Civil Veterinary Department. United Provinces 1912-22 - 1912-1922
Year: 1912
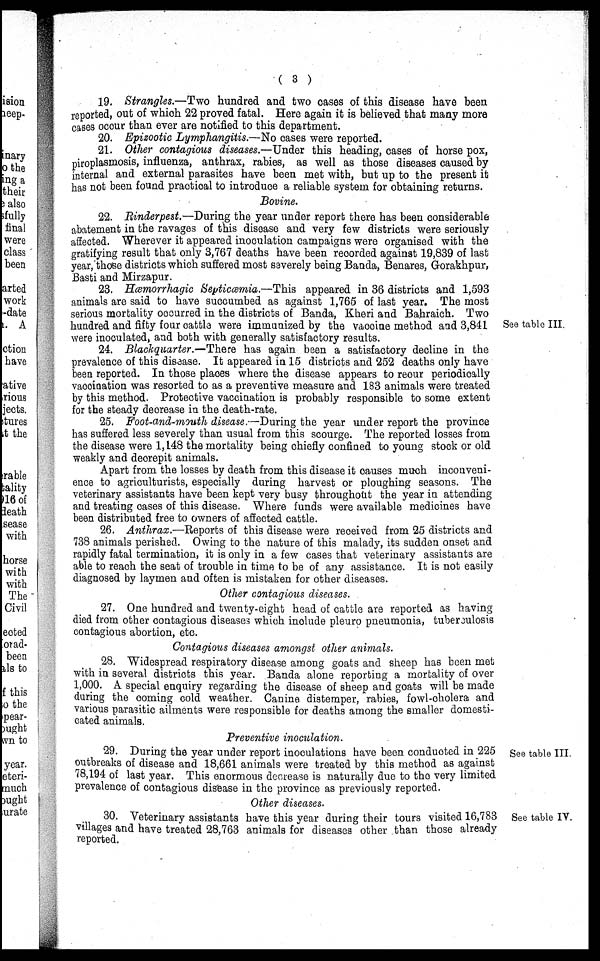
( 3 )
19. Strangles.—Two hundred and two cases of this disease have been
reported, out of which 22 proved fatal. Here again it is believed that many more
cases occur than ever are notified to this department.
20. Epizootic Lymphangitis.—No eases were reported.
21. Other contagious diseases.—Under this heading, cases of horse pox,
piroplasmosis, influenza, anthrax, rabies, as well as those diseases caused by
internal and external parasites have been met with, but up to the present it
has not been found practical to introduce a reliable system for obtaining returns.
Bovine.
22. Rinderpest.—During the year under report there has been considerable
abatement in the ravages of this disease and very few districts were seriously
affected. Wherever it appeared inoculation campaigns were organised with the
gratifying result that only 3,767 deaths have been recorded against 19,839 of last
year, those districts which suffered most severely being Banda, Benares, Gorakhpur,
Basti and Mirzapur.
See table III.
23. Hæmorrhagic Septicæmia.—This appeared in 36 districts and 1,593
animals are said to have succumbed as against 1,765 of last year. The most
serious mortality occurred in the districts of Banda, Kheri and Bahraich. Two
hundred and fifty four cattle were immunized by the vaccine method and 3,841
were inoculated, and both with generally satisfactory results.
24. Blackquarter.—There has again been a satisfactory decline in the
prevalence of this disease. It appeared in 15 districts and 252 deaths only have
been reported. In those places where the disease appears to reour periodically
vaccination was resorted to as a preventive measure and 183 animals were treated
by this method. Protective vaccination is probably responsible to some extent
for the steady decrease in the death-rate.
25. Foot-and-mouth disease.—During the year under report the province
has suffered less severely than usual from this scourge. The reported losses from
the disease were 1,148 the mortality being chiefly confined to young stock or old
weakly and decrepit animals.
Apart from the losses by death from this disease it causes much inconveni-
ence to agriculturists, especially during harvest or ploughing seasons. The
veterinary assistants have been kept very busy throughout the year in attending
and treating cases of this disease. Where funds were available medicines have
been distributed free to owners of affected cattle.
26. Anthrax.—Reports of this disease were received from 25 districts and
738 animals perished. Owing to the nature of this malady, its sudden onset and
rapidly fatal termination, it is only in a few cases that veterinary assistants are
able to reach the seat of trouble in time to be of any assistance. It is not easily
diagnosed by laymen and often is mistaken for other diseases.
Other contagious diseases.
27. One hundred and twenty-eight head of cattle are reported as having
died from other contagious diseases which include pleuro pneumonia, tuberculosis
contagious abortion, etc.
Contagious diseases amongst other animals.
28. Widespread respiratory disease among goats and sheep has been met
with in several districts this year. Banda alone reporting a mortality of over
1,000. A special enquiry regarding the disease of sheep and goats will be made
during the coming cold weather. Canine distemper, rabies, fowl-cholera and
various parasitic ailments were responsible for deaths among the smaller domesti-
cated animals.
Preventive inoculation.
See table III.
29. During the year under report inoculations have been conducted in 225
outbreaks of disease and 18,661 animals were treated by this method as against
78,194 of last year. This enormous decrease is naturally due to the very limited
prevalence of contagious disease in the province as previously reported.
Other diseases.
See table IV.
30. Veterinary assistants have this year during their tours visited 16,783
villages and have treated 28,763 animals for diseases other than those already
reported.